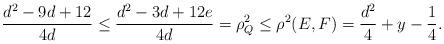
LaTeX: \begin{align*}\frac{d^2 - 9d + 12}{4d} \leq \frac{d^2 - 3d + 12e}{4d} = \rho^2_Q \leq \rho^2(E, F) = \frac{d^2}{4} + y - \frac{1}{4}. \end{align*}